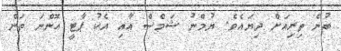
ބުނެ ތިރިއަށް ދިޔައެވެ. ޔުމްނު ޝަމްސް އާއި އެކު ޕާޓީ އޮންނަ ތަން